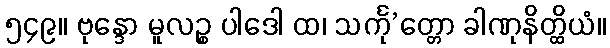
၅၄၉။ ဗုန္ဒော မူလဉ္စ ပါဒေါ ထ၊ သင်္ကု’တ္တော ခါဏုနိတ္ထိယံ။